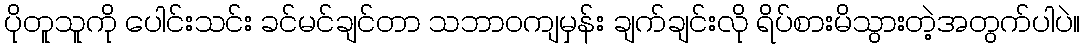
ပိုတူသူကို ပေါင်းသင်း ခင်မင်ချင်တာ သဘာဝကျမှန်း ချက်ချင်းလို ရိပ်စားမိသွားတဲ့အတွက်ပါပဲ။